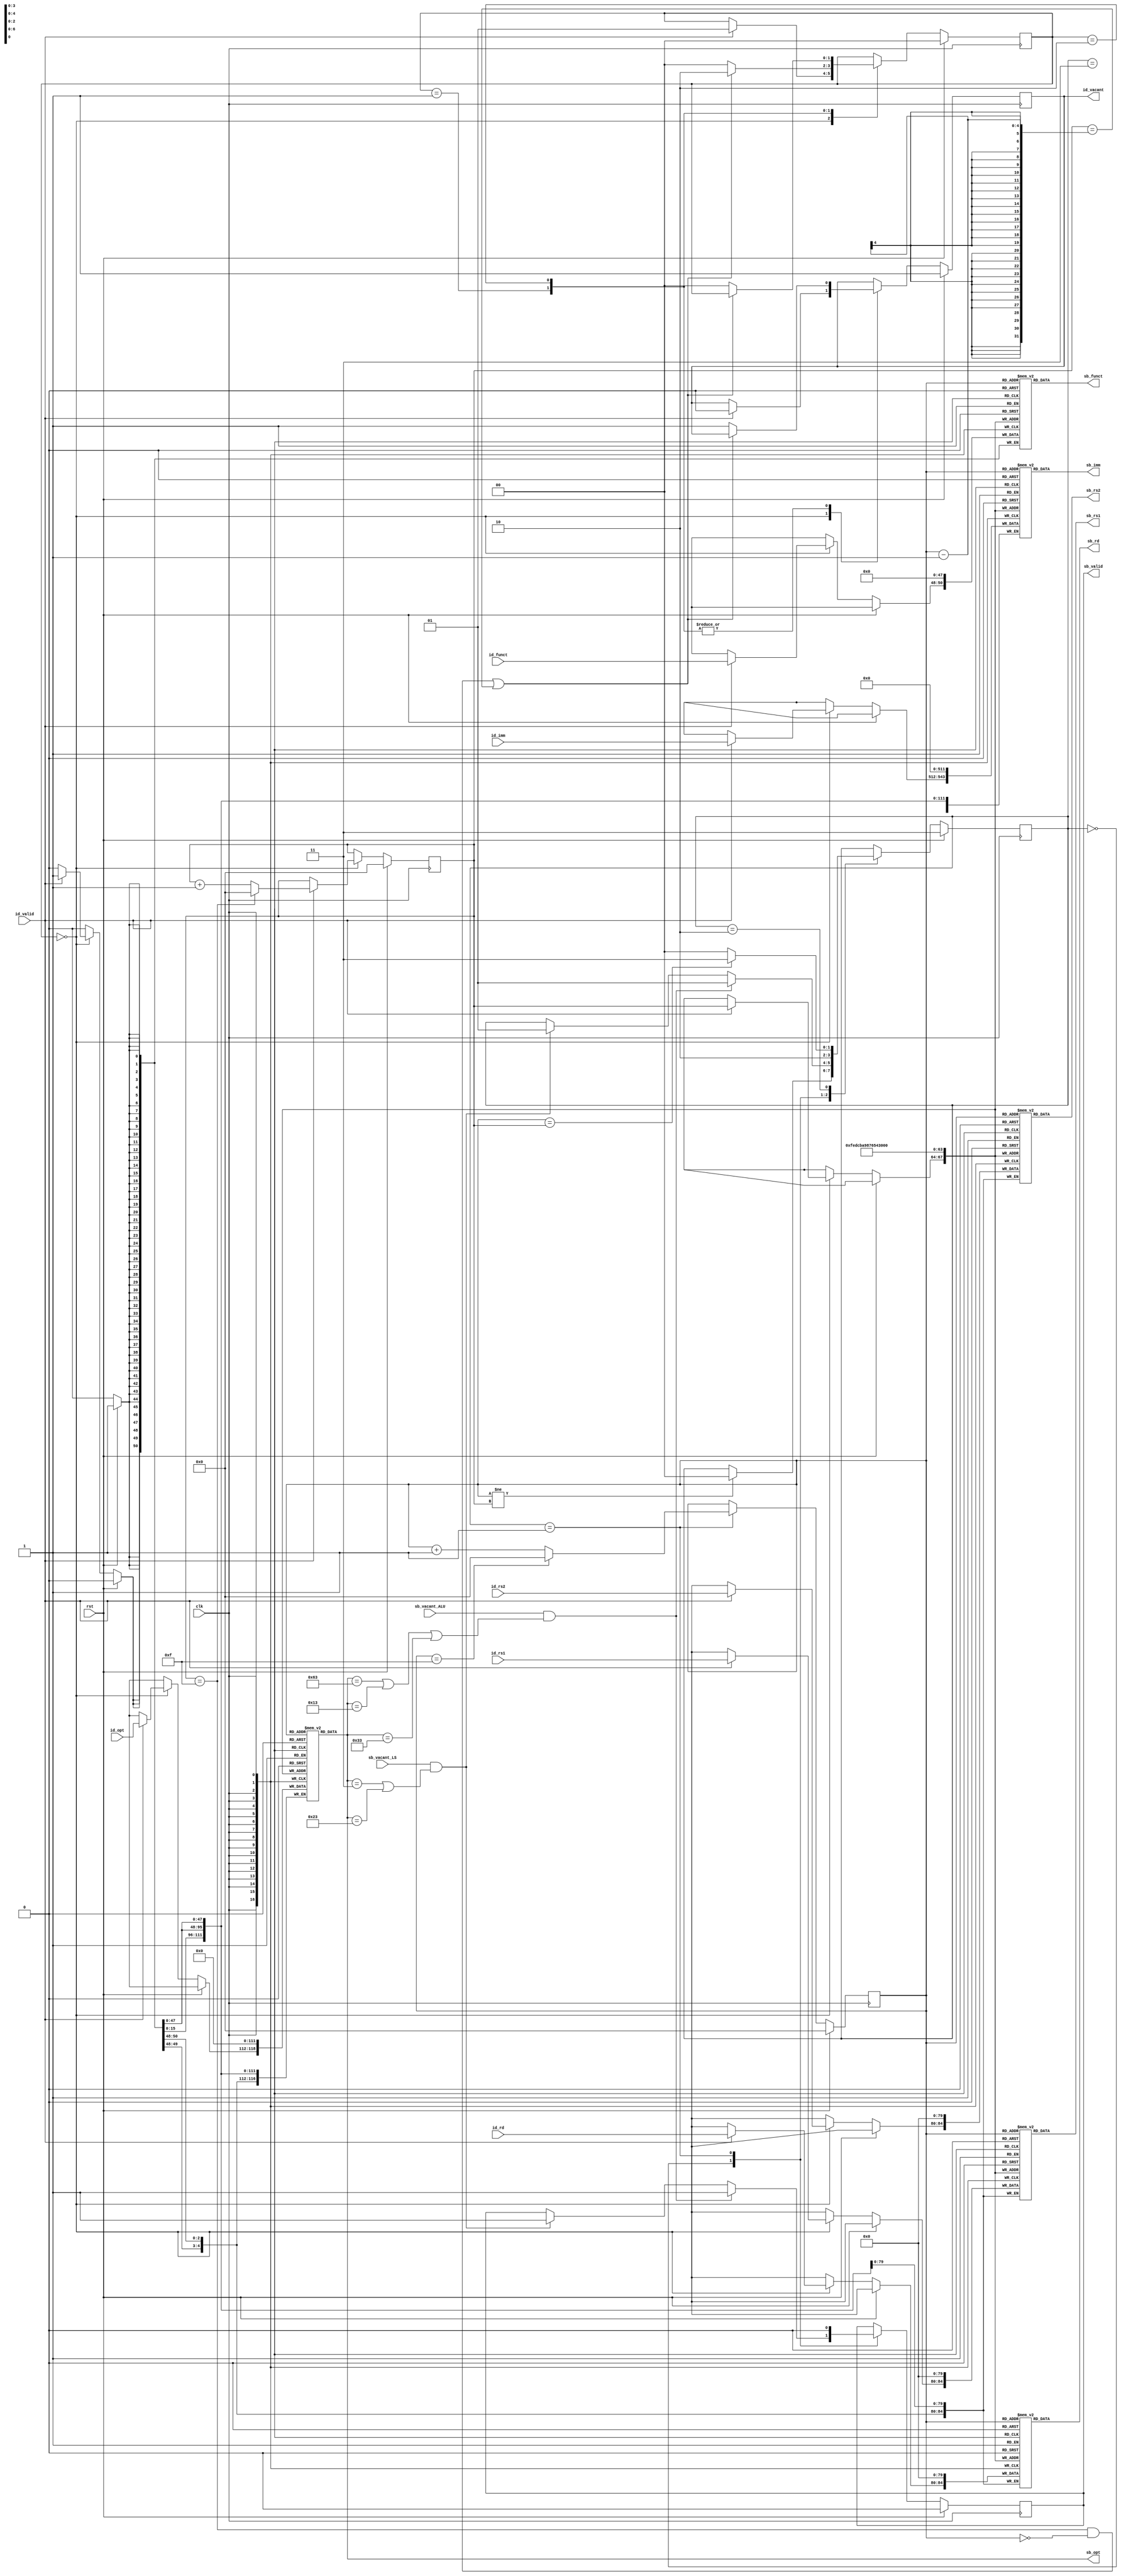
module i_buffer
#(
  parameter IB_SIZE_WIDTH = 4,
  parameter DATA_WIDTH = 32
)
(
  input wire clk,
  input wire rst,

  // with i_decode
  output reg id_vacant,
  input wire id_valid,
  input wire [OPT_SIZE-1:0] id_opt,
  input wire [FUNCT_SIZE-1:0] id_funct,
  input wire [REG_SIZE-1:0] id_rs1,
  input wire [REG_SIZE-1:0] id_rs2,
  input wire [REG_SIZE-1:0] id_rd,
  input wire [DATA_WIDTH-1:0] id_imm,

  // with scoreboard
  input wire sb_vacant_ALU,
  input wire sb_vacant_LS,
  output reg sb_valid,
  output wire [OPT_SIZE-1:0] sb_opt,
  output wire [FUNCT_SIZE-1:0] sb_funct,
  output wire [REG_SIZE-1:0] sb_rs1,
  output wire [REG_SIZE-1:0] sb_rs2,
  output wire [REG_SIZE-1:0] sb_rd,
  output wire [DATA_WIDTH-1:0] sb_imm
);

localparam IB_SIZE = 2**IB_SIZE_WIDTH;
localparam OPT_SIZE = 7;
localparam FUNCT_SIZE = 3;
localparam REG_SIZE = 5;

localparam OPCODE_B = 7'b1100011;
localparam OPCODE_L = 7'b0000011;
localparam OPCODE_S = 7'b0100011;
localparam OPCODE_I = 7'b0010011;
localparam OPCODE_R = 7'b0110011;

reg [OPT_SIZE-1:0] opt [IB_SIZE-1:0];
reg [FUNCT_SIZE-1:0] funct [IB_SIZE-1:0];
reg [REG_SIZE-1:0] rs1 [IB_SIZE-1:0];
reg [REG_SIZE-1:0] rs2 [IB_SIZE-1:0];
reg [REG_SIZE-1:0] rd [IB_SIZE-1:0];
reg [DATA_WIDTH-1:0] imm [IB_SIZE-1:0];

reg [IB_SIZE_WIDTH-1:0] front, rear;

assign sb_opt = opt[front];
assign sb_funct = funct[front];
assign sb_rs1 = rs1[front];
assign sb_rs2 = rs2[front];
assign sb_rd = rd[front];
assign sb_imm = imm[front];

reg [1:0] send_status, receive_status;

localparam WAIT_RECEIVE = 2'b00, RECEIVED = 2'b01, FULL = 2'b10;
localparam WAIT_SEND = 2'b00, SENT = 2'b01, POP = 2'b10, EMPTY = 2'b11;

integer i;
always @(posedge clk) begin
  if (rst) begin
    front <= 0;
    rear <= 0;
    receive_status <= WAIT_RECEIVE;
    id_vacant <= 1;
    send_status <= EMPTY;
    sb_valid <= 0;
    for (i = 0; i < IB_SIZE; i = i + 1) begin
        opt[i] <= 0;
        funct[i] <= 0;
        rs1[i] <= 0;
        rs2[i] <= 0;
        rd[i] <= 0;
        imm[i] <= 0;
    end
  end else begin
    // for receive: 
    // might modify: id_vacant, receive_status, rear, the regs
    case (receive_status)
    WAIT_RECEIVE: begin
      if (id_valid) begin
        // receive the inst from id
        opt[rear] <= id_opt;
        funct[rear] <= id_funct;
        rs1[rear] <= id_rs1;
        rs2[rear] <= id_rs2;
        rd[rear] <= id_rd;
        imm[rear] <= id_imm;
        // push
        if (rear == IB_SIZE - 1) begin
          rear <= 0;
        end else begin
          rear <= rear + 1;
        end
        // set status
        id_vacant <= 0;
        receive_status <= RECEIVED;
      end
    end
    RECEIVED: begin
      if ((rear == IB_SIZE - 1 && front == 0) || (rear == front - 1)) begin
        receive_status <= FULL;
      end else begin
        id_vacant <= 1;
        receive_status <= WAIT_RECEIVE;
      end
    end
    FULL: begin
      if ((rear == IB_SIZE - 1 && front == 0) || (rear == front - 1)) begin
      end else begin
        id_vacant <= 1;
        receive_status <= WAIT_RECEIVE;
      end
    end
    endcase

    // for send:
    // might modify: sb_valid, send_status, front
    case (send_status)
    EMPTY : begin
      if (front != rear) begin
        send_status <= WAIT_SEND;
      end
    end
    WAIT_SEND: begin
      if (sb_vacant_ALU && (opt[front] == OPCODE_B || opt[front] == OPCODE_I || opt[front] == OPCODE_R)) begin
        sb_valid <= 1;
        send_status <= SENT;
      end else if (sb_vacant_LS && (opt[front] == OPCODE_L || opt[front] == OPCODE_S)) begin
        sb_valid <= 1;
        send_status <= SENT;
      end
    end
    SENT: begin
      sb_valid <= 0;
      if (front == IB_SIZE - 1) begin
        front <= 0;
      end else begin
        front <= front + 1;
      end
      send_status <= POP;
    end
    POP: begin
      if (front == rear) begin
        send_status <= EMPTY;
      end else begin
        send_status <= WAIT_SEND;
      end
    end
    endcase
  end
end

endmodule